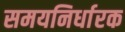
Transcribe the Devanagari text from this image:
समयनिर्धारक